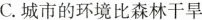
C.城市的环境比森林干旱